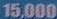
15.000